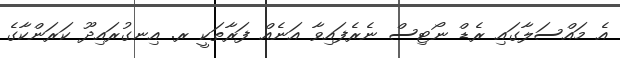
އެ މައްސަލާގައި ރެޑް ނޯޓިސް ނެރެފައިވާ އަނެއް ފަރާތަކީ ރ. އިނގުރައިދޫ ކަރަންކާގެ